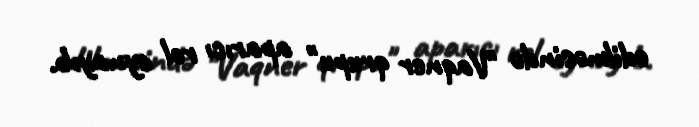
edilməsində "Vaqner qrupu" aparıcı rol oynayıb.